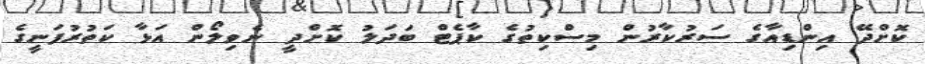
ކޮށްދޭ އިންޑިއާގެ ސަރުކާރުން މިސްކިތުގެ ކާޕެޓް ބަދަލު ކޮށްދީ ނެވިލޯން އަޅާ ކަތުރުފަނީގެ